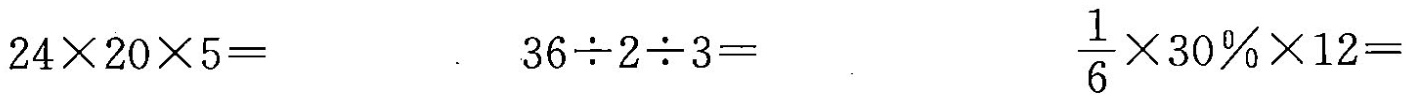
$$24\times 20\times 5=$$ $$36 \div 2 \div 3=$$ $$\frac{1}{6} \times 30 \% \times 12=$$